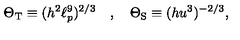
\Theta _ { \mathrm { T } } \equiv ( h ^ { 2 } \ell _ { p } ^ { 9 } ) ^ { 2 / 3 } \quad , \quad \Theta _ { \mathrm { S } } \equiv ( h u ^ { 3 } ) ^ { - 2 / 3 } ,